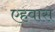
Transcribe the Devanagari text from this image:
एहवास